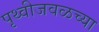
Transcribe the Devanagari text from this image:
पृथ्वीजवळच्या